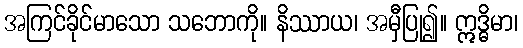
အကြင်ခိုင်မာသော သဘောကို။ နိဿာယ၊ အမှီပြု၍။ ဣဒ္ဓိမာ၊